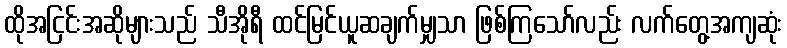
ထိုအငြင်းအဆိုများသည် သီအိုရီ ထင်မြင်ယူဆချက်မျှသာ ဖြစ်ကြသော်လည်း လက်တွေ့အကျဆုံး